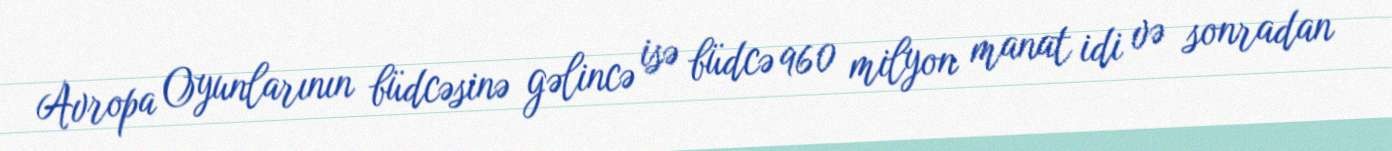
Avropa Oyunlarının büdcəsinə gəlincə isə büdcə 960 milyon manat idi və sonradan